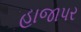
હાજાપર